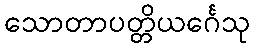
သောတာပတ္တိယင်္ဂေသု